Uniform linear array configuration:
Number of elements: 16
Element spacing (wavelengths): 0.75
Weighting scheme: blackman
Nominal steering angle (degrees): -30
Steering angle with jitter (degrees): -28.424
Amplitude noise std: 0.05
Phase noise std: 0.05

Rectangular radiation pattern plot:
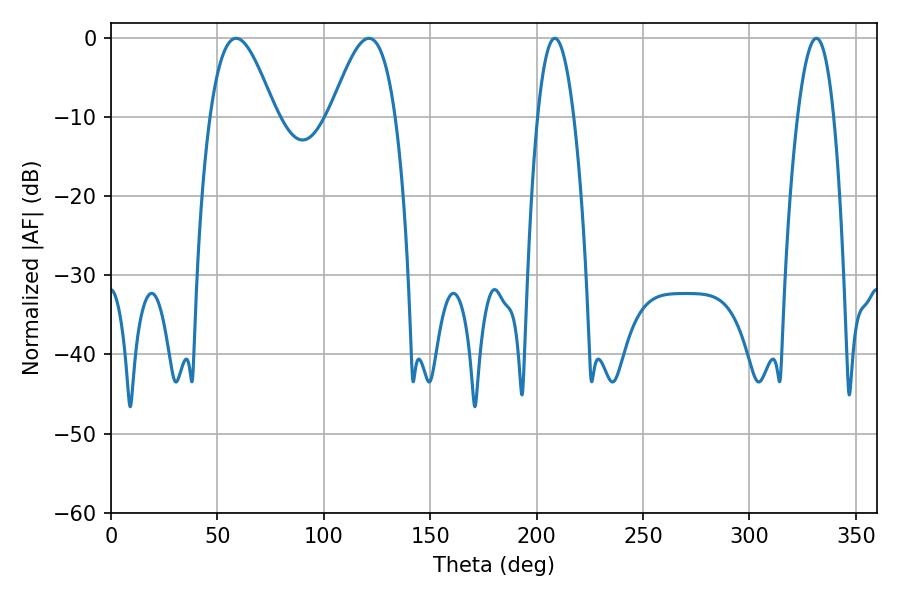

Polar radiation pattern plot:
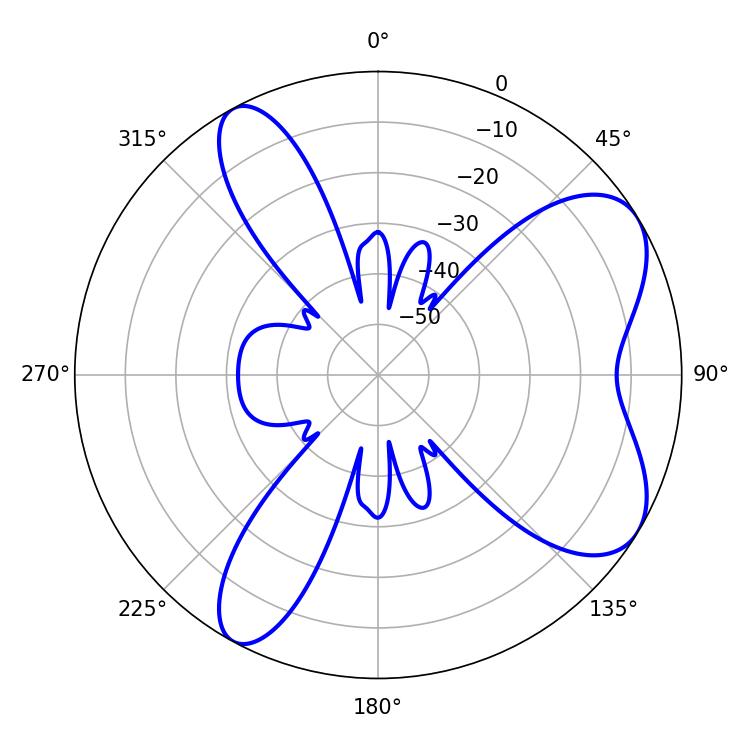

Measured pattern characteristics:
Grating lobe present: TRUE
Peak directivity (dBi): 7.04
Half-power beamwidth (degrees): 16.56
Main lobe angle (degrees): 58.86